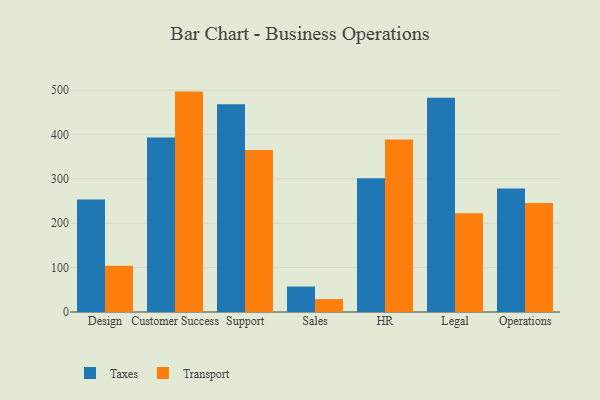
{"axis": {"x": "Department", "y": "Backlog"}, "legend": ["Taxes", "Transport"], "data": [{"x": "Design", "y": 253.4, "type": "Taxes"}, {"x": "Design", "y": 104.0, "type": "Transport"}, {"x": "Customer Success", "y": 393.5, "type": "Taxes"}, {"x": "Customer Success", "y": 496.8, "type": "Transport"}, {"x": "Support", "y": 468.1, "type": "Taxes"}, {"x": "Support", "y": 364.9, "type": "Transport"}, {"x": "Sales", "y": 57.4, "type": "Taxes"}, {"x": "Sales", "y": 29.1, "type": "Transport"}, {"x": "HR", "y": 301.6, "type": "Taxes"}, {"x": "HR", "y": 388.9, "type": "Transport"}, {"x": "Legal", "y": 482.9, "type": "Taxes"}, {"x": "Legal", "y": 222.7, "type": "Transport"}, {"x": "Operations", "y": 278.6, "type": "Taxes"}, {"x": "Operations", "y": 245.8, "type": "Transport"}]}